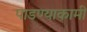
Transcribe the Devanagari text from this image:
पाडण्याकामी